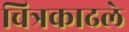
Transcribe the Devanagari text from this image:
चित्रकाढले